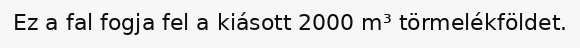
Ez a fal fogja fel a kiásott 2000 m³ törmelékföldet.